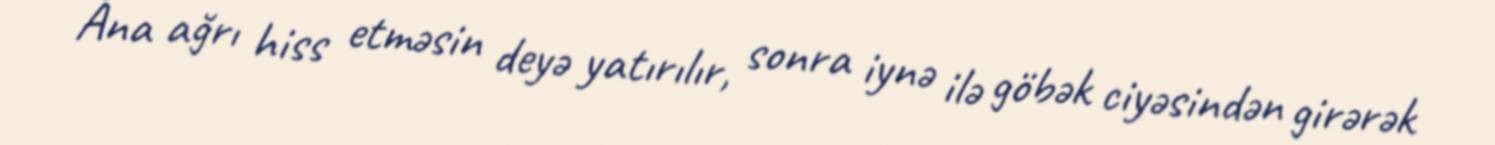
Ana ağrı hiss etməsin deyə yatırılır, sonra iynə ilə göbək ciyəsindən girərək